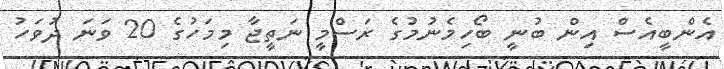
އެންބީއެސް އިން ބުނީ ބޯހިމެނުމުގެ ރަސްމީ ނަތީޖާ މިމަހުގެ 20 ވަނަ ދުވަހު